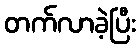
တက်လာခဲ့ပြီး